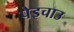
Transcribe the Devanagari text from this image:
पेइचाउ